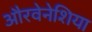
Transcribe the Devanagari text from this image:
औरवेनेशिया